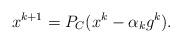
LaTeX: \begin{align*}x^{k+1} =P_C(x^k -\alpha_k g^k).\end{align*}